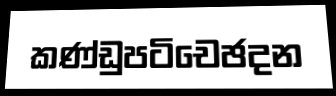
කණ්ඩුපටිචෙඡදන